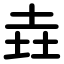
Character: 垚